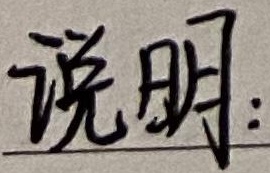
说明：